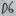
Text: D6